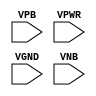
module sky130_fd_sc_ls__tap (
    //# {{power|Power}}
    input VPB ,
    input VPWR,
    input VGND,
    input VNB
);
endmodule